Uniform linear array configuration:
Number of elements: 64
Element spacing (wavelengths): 1
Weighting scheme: binomial
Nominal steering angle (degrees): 15
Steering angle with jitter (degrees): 14.974
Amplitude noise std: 0.05
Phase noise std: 0.05

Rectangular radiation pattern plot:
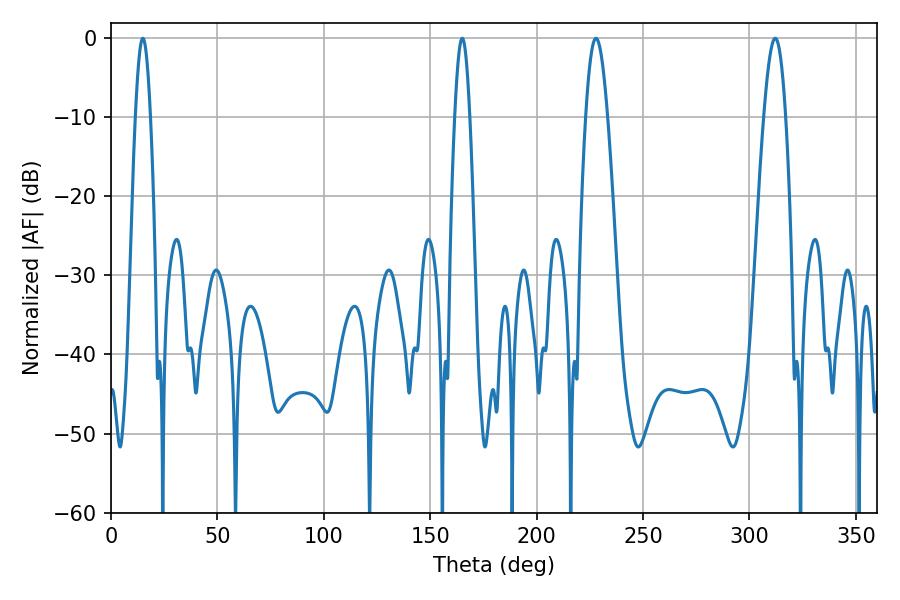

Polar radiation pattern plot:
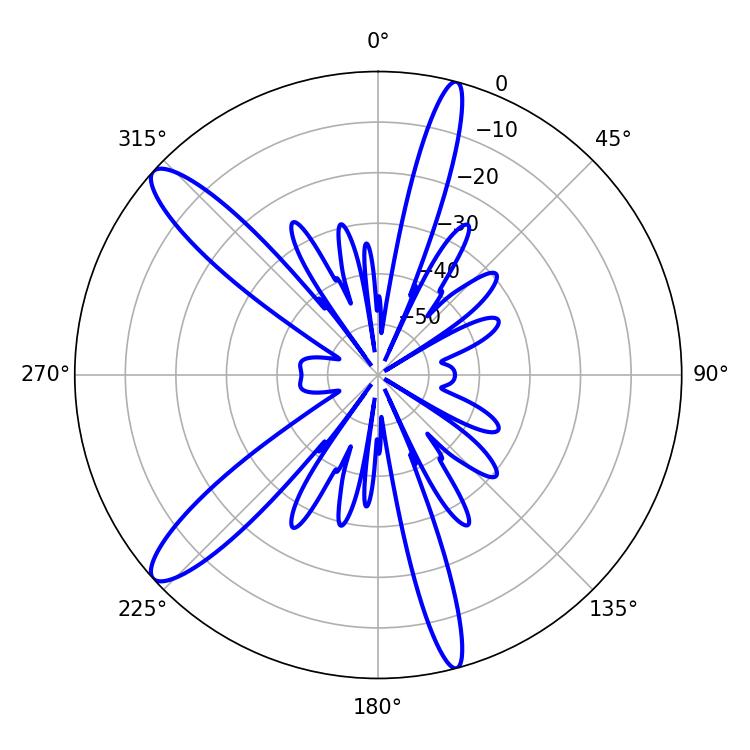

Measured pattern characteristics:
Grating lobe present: TRUE
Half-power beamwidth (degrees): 5.58
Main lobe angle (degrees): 312.12